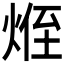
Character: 𪸽